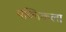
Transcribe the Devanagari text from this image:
पब्लिकला